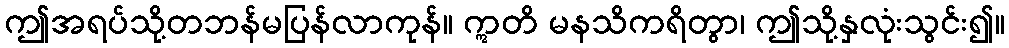
ဤအရပ်သို့တဘန်မပြန်လာကုန်။ ဣတိ မနသိကရိတွာ၊ ဤသို့နှလုံးသွင်း၍။